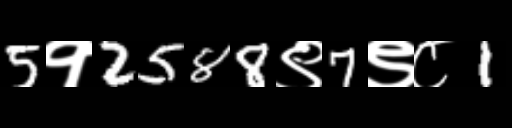
Text: 5१2588९7९८1